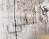
التي